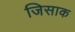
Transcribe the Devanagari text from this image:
जिसाक